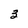
Character: 3